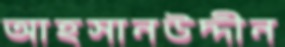
আহসানউদ্দীন